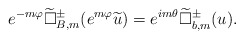
\begin{align*}e^{-m\varphi}\widetilde\Box^{\pm}_{B,m}(e^{m\varphi}\widetilde u)=e^{im\theta}\widetilde{\Box}^{\pm}_{b,m}(u).\end{align*}